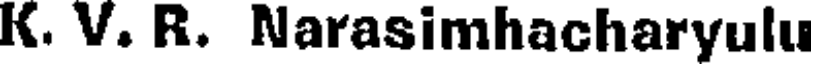
K. V. R. Narasimhacharyulu